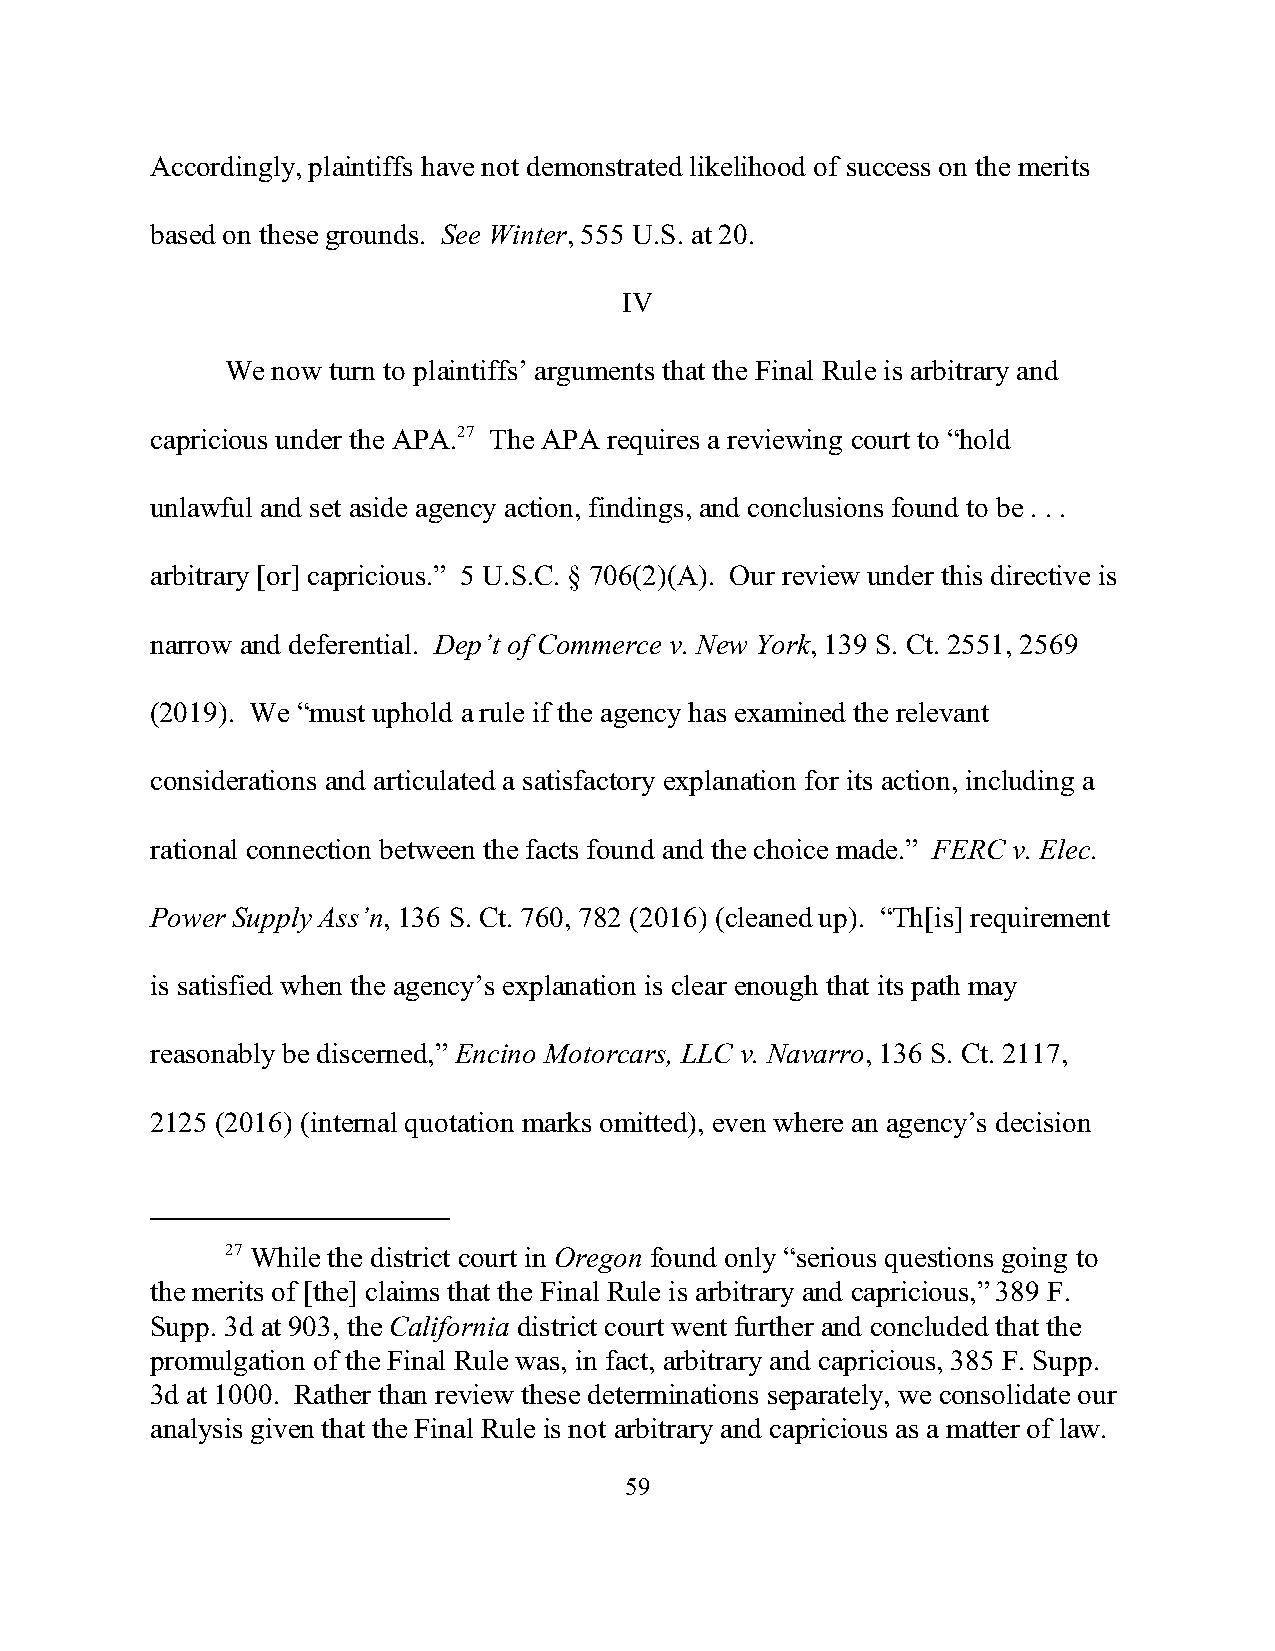
Accordingly, plaintiffs have not demonstrated likelihood of success on the merits
 based on these grounds. See Winter, 555 U.S. at 20.
 IV
 We now turn to plaintiffs’ arguments that the Final Rule is arbitrary and
 capricious under the APA.27 The APA requires a reviewing court to “hold
 unlawful and set aside agency action, findings, and conclusions found to be . . .
 arbitrary [or] capricious.” 5 U.S.C. § 706(2)(A). Our review under this directive is
 narrow and deferential. Dep’t of Commerce v. New York, 139 S. Ct. 2551, 2569
 (2019). We “must uphold a rule if the agency has examined the relevant
 considerations and articulated a satisfactory explanation for its action, including a
 rational connection between the facts found and the choice made.” FERC v. Elec.
 Power Supply Ass’n, 136 S. Ct. 760, 782 (2016) (cleaned up). “Th[is] requirement
 is satisfied when the agency’s explanation is clear enough that its path may
 reasonably be discerned,” Encino Motorcars, LLC v. Navarro, 136 S. Ct. 2117,
 2125 (2016) (internal quotation marks omitted), even where an agency’s decision
 27 While the district court in Oregon found only “serious questions going to
 the merits of [the] claims that the Final Rule is arbitrary and capricious,” 389 F.
 Supp. 3d at 903, the California district court went further and concluded that the
 promulgation of the Final Rule was, in fact, arbitrary and capricious, 385 F. Supp.
 3d at 1000. Rather than review these determinations separately, we consolidate our
 analysis given that the Final Rule is not arbitrary and capricious as a matter of law.
 59